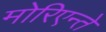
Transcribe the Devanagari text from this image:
मोरिएन्ते